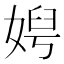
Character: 𡞄